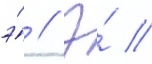
э́ // Э́ //